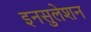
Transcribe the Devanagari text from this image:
इनसुलेशन